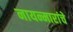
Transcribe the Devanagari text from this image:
नायन्मारांचे